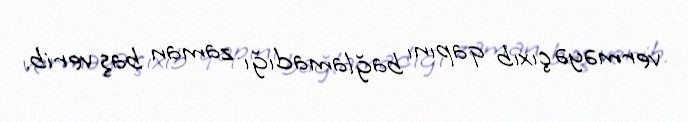
verməyə çıxıb qapını bağlamadığı zaman baş verib.